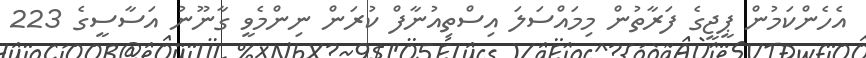
އެހެންކަމުން ޕީޖީގެ ފަރާތުން މިމައްސަލަ އިސްތިއުނާފް ކުރަން ނިންމެވީ ގާނޫނު އަސާސީގެ 223